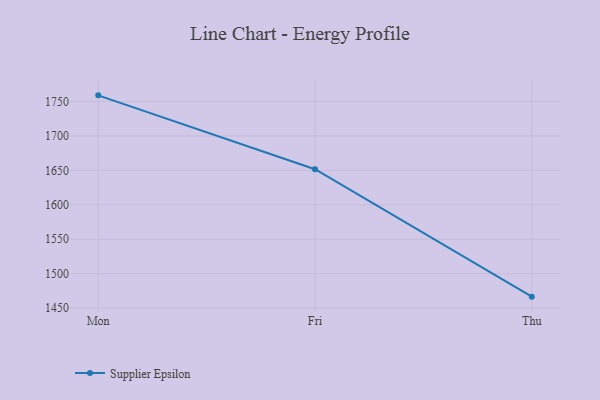
{"axis": {"x": "Day", "y": "Net Income (USD K)"}, "legend": ["Supplier Epsilon"], "data": [{"x": "Mon", "y": 1759.0, "type": "Supplier Epsilon"}, {"x": "Fri", "y": 1651.7, "type": "Supplier Epsilon"}, {"x": "Thu", "y": 1466.7, "type": "Supplier Epsilon"}]}